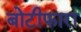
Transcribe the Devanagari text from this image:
बोटीफारा